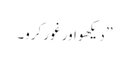
’’ دیکھو اور غور کرو۔